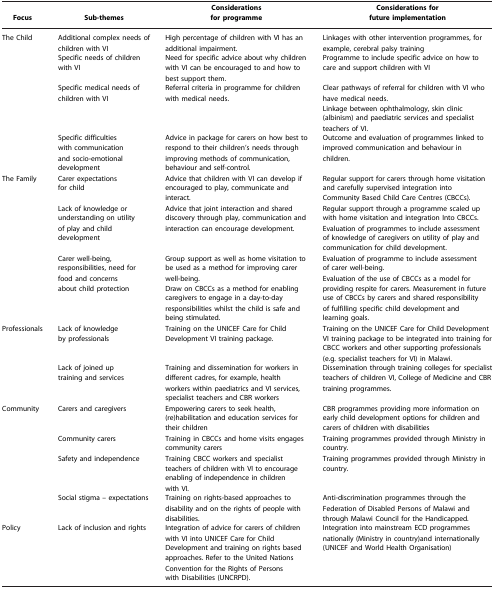
<table><thead><tr><td><b>Focus</b></td><td><b>Sub‐themes</b></td><td><b>Considerations for programme</b></td><td><b>Considerations for future implementation</b></td></tr></thead><tbody><tr><td rowspan="4">The Child</td><td>Additional complex needs of children with VI</td><td>High percentage of children with VI has an additional impairment.</td><td>Linkages with other intervention programmes, for example, cerebral palsy training</td></tr><tr><td>Specific needs of children with VI</td><td>Need for specific advice about why children with VI can be encouraged to and how to best support them.</td><td>Programme to include specific advice on how to care and support children with VI</td></tr><tr><td>Specific medical needs of children with VI</td><td>Referral criteria in programme for children with medical needs.</td><td>Clear pathways of referral for children with VI who have medical needs.Linkage between ophthalmology, skin clinic (albinism) and paediatric services and specialist teachers of VI.</td></tr><tr><td>Specific difficulties with communication and socio‐emotional development</td><td>Advice in package for carers on how best to respond to their children&#x27;s needs through improving methods of communication, behaviour and self‐control.</td><td>Outcome and evaluation of programmes linked to improved communication and behaviour in children.</td></tr><tr><td rowspan="3">The Family</td><td>Carer expectations for child</td><td>Advice that children with VI can develop if encouraged to play, communicate and interact.</td><td>Regular support for carers through home visitation and carefully supervised integration into Community Based Child Care Centres (CBCCs).</td></tr><tr><td>Lack of knowledge or understanding on utility of play and child development</td><td>Advice that joint interaction and shared discovery through play, communication and interaction can encourage development.</td><td>Regular support through a programme scaled up with home visitation and integration Into CBCCs. Evaluation of programmes to include assessment of knowledge of caregivers on utility of play and communication for child development.</td></tr><tr><td>Carer well‐being, responsibilities, need for food and concerns about child protection</td><td>Group support as well as home visitation to be used as a method for improving carer well‐being.Draw on CBCCs as a method for enabling caregivers to engage in a day‐to‐day responsibilities whilst the child is safe and being stimulated.</td><td>Evaluation of programme to include assessment of carer well‐being.Evaluation of the use of CBCCs as a model for providing respite for carers. Measurement in future use of CBCCs by carers and shared responsibility of fulfilling specific child development and learning goals.</td></tr><tr><td rowspan="2">Professionals</td><td>Lack of knowledge by professionals</td><td>Training on the UNICEF Care for Child Development VI training package.</td><td>Training on the UNICEF Care for Child Development VI training package to be integrated into training for CBCC workers and other supporting professionals (e.g. specialist teachers for VI) in Malawi.</td></tr><tr><td>Lack of joined up training and services</td><td>Training and dissemination for workers in different cadres, for example, health workers within paediatrics and VI services, specialist teachers and CBR workers</td><td>Dissemination through training colleges for specialist teachers of children VI, College of Medicine and CBR training programmes.</td></tr><tr><td rowspan="4">Community</td><td>Carers and caregivers</td><td>Empowering carers to seek health, (re)habilitation and education services for their children</td><td>CBR programmes providing more information on early child development options for children and carers of children with disabilities</td></tr><tr><td>Community carers</td><td>Training in CBCCs and home visits engages community carers</td><td>Training programmes provided through Ministry in country.</td></tr><tr><td>Safety and independence</td><td>Training CBCC workers and specialist teachers of children with VI to encourage enabling of independence in children with VI.</td><td>Training programmes provided through Ministry in country.</td></tr><tr><td>Social stigma – expectations</td><td>Training on rights‐based approaches to disability and on the rights of people with disabilities.</td><td>Anti‐discrimination programmes through the Federation of Disabled Persons of Malawi and through Malawi Council for the Handicapped.</td></tr><tr><td>Policy</td><td>Lack of inclusion and rights</td><td>Integration of advice for carers of children with VI into UNICEF Care for Child Development and training on rights based approaches. Refer to the United Nations Convention for the Rights of Persons with Disabilities (UNCRPD).</td><td>Integration into mainstream ECD programmes nationally (Ministry in country)and internationally (UNICEF and World Health Organisation)</td></tr></tbody></table>